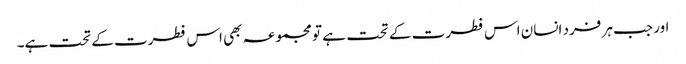
اور جب ہر فرد انسان اس فطرت کے تحت ہے تو مجموعہ بھی اس فطرت کے تحت ہے۔